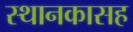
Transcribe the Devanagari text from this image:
स्थानकासह